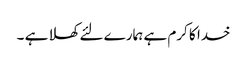
خدا کا کرم ہے ہمارے لئے کھلا ہے ۔